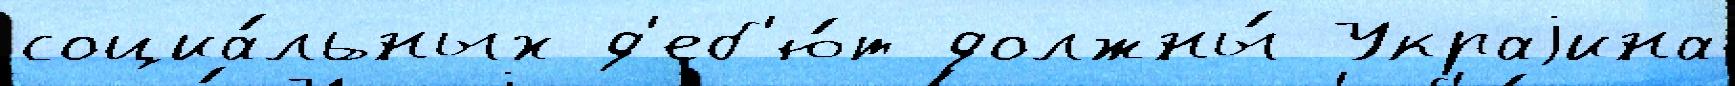
социа́льных д'еб'ю́т должны́ Украjина